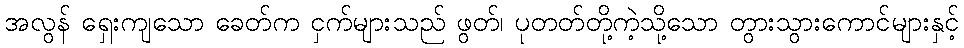
အလွန် ရှေးကျသော ခေတ်က ငှက်များသည် ဖွတ်၊ ပုတတ်တို့ကဲ့သို့သော တွားသွားကောင်များနှင့်